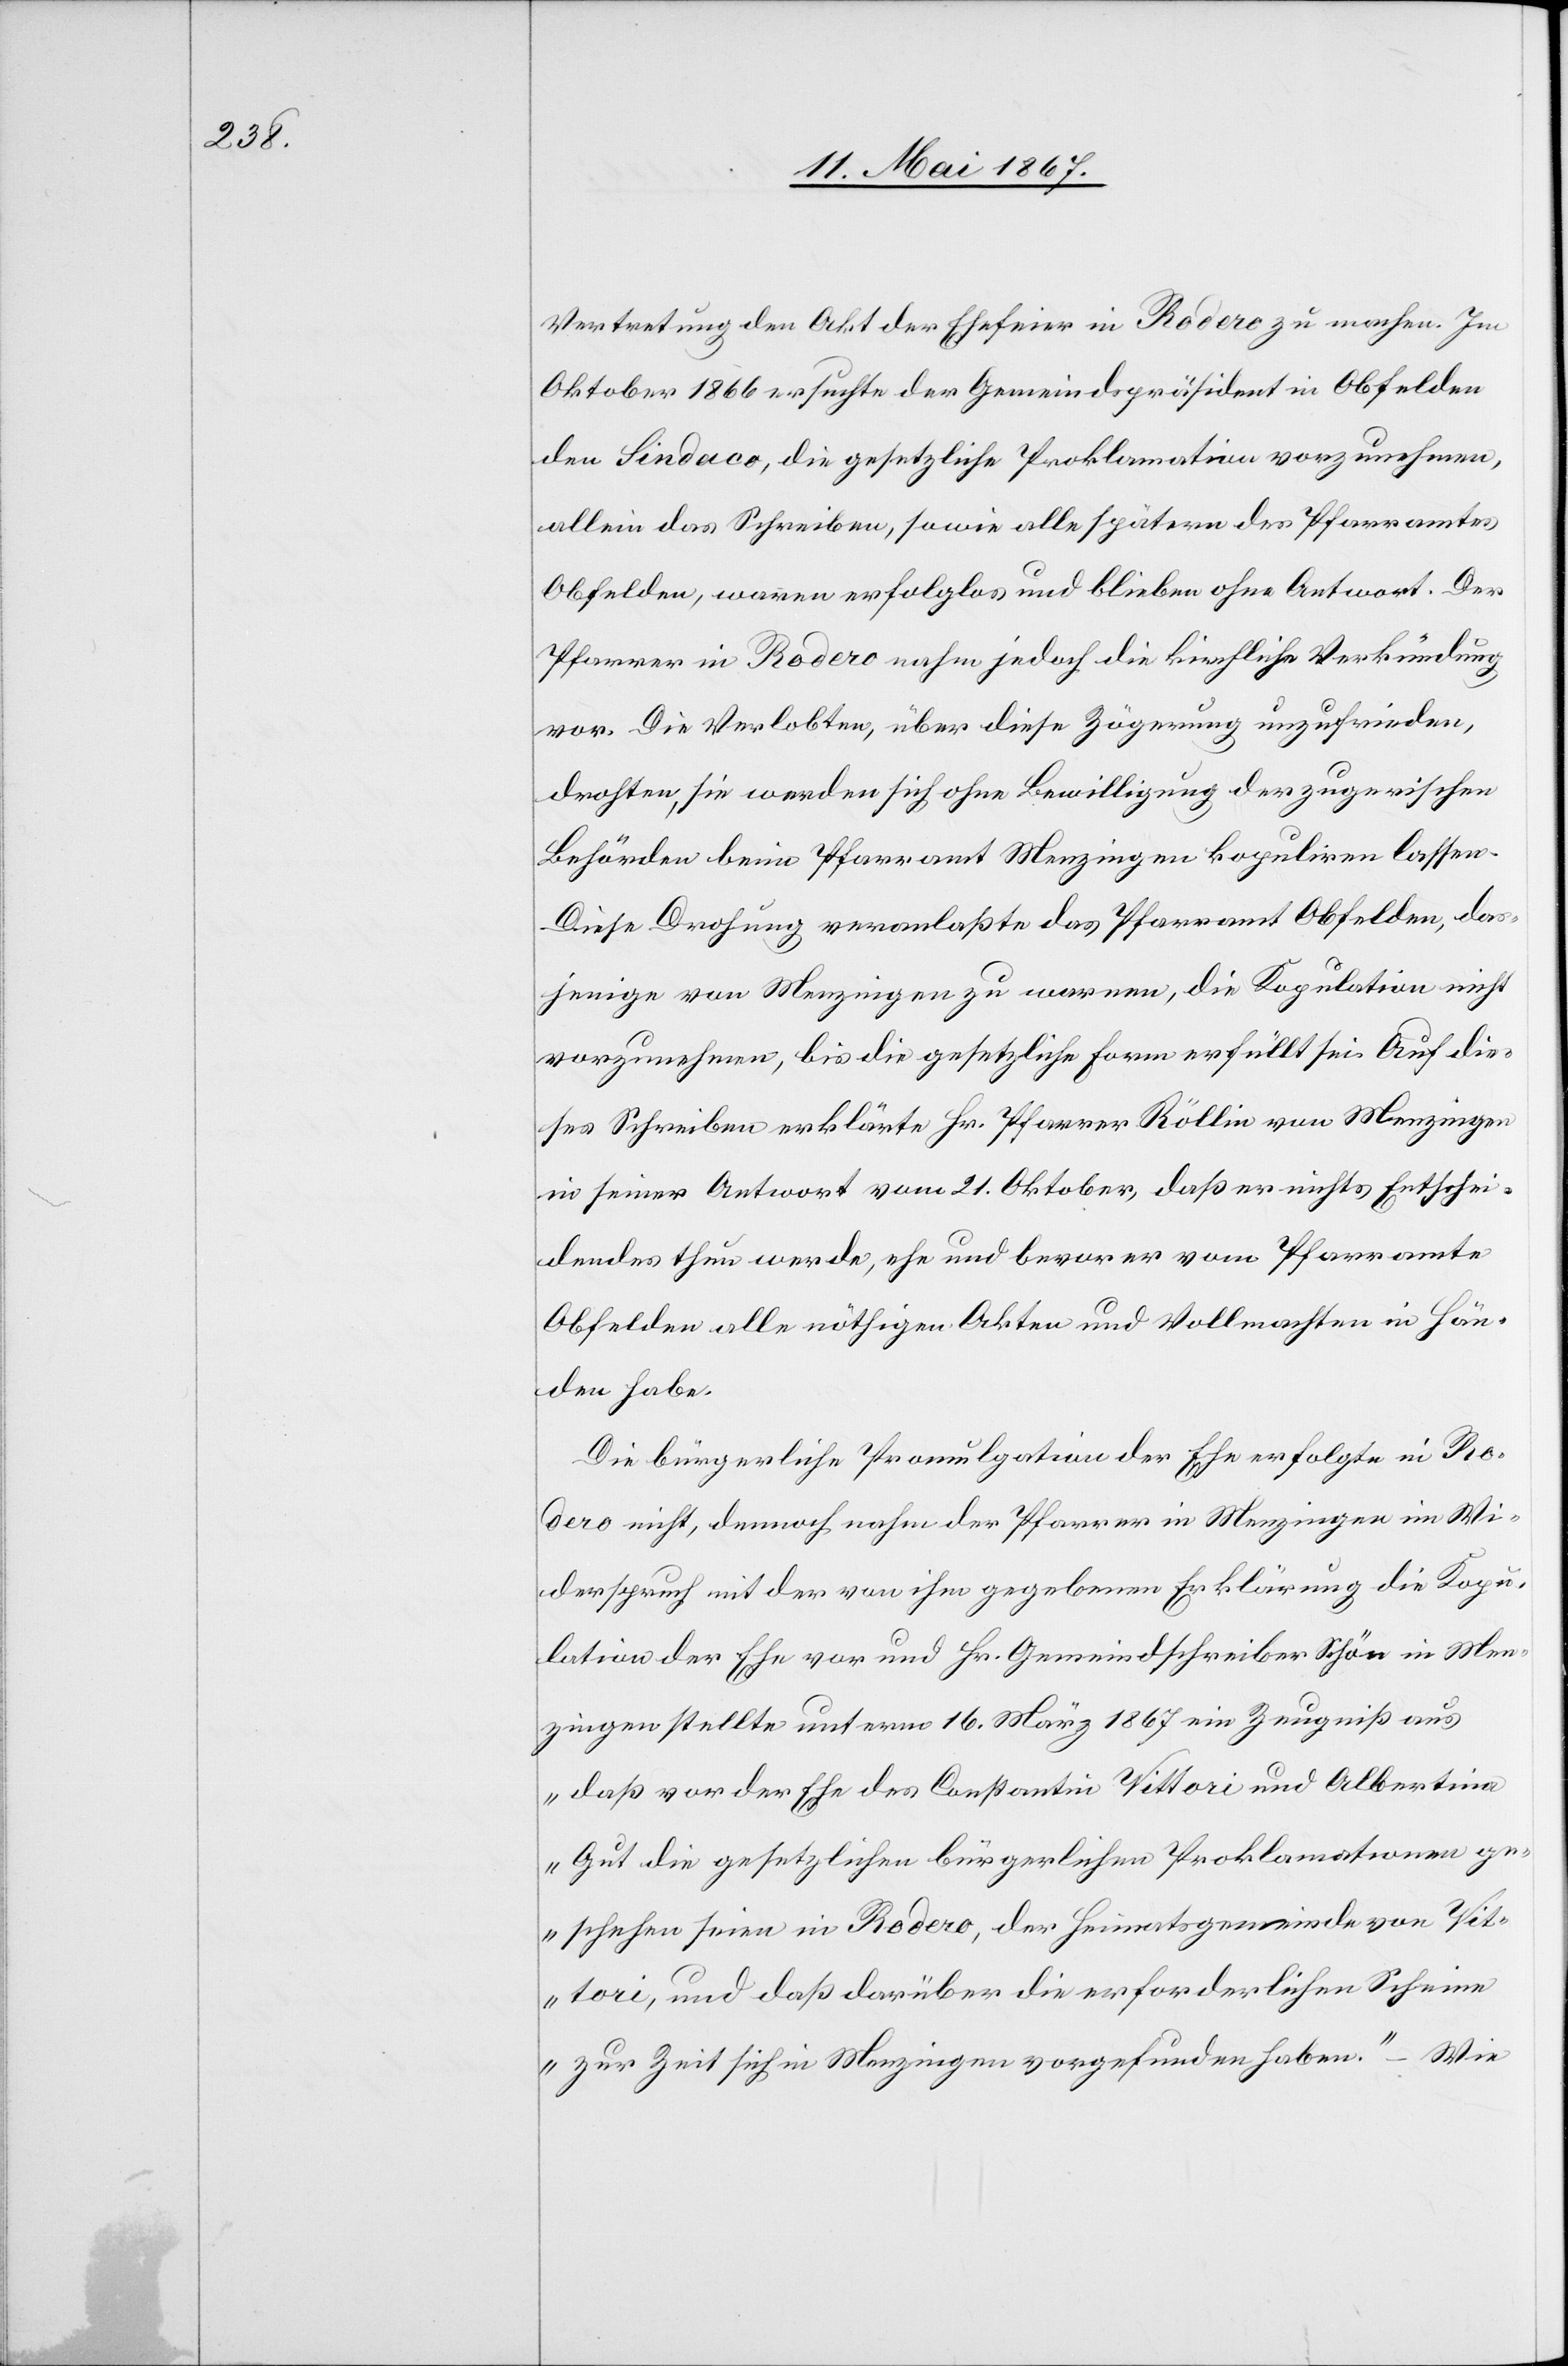
Vertretung den Akt der Ehefeier in Rodero zu machen. Im
Oktober 1866 ersuchte der Gemeindspräsident in Obfelden
den Sindeco, die gesetzliche Proklamation vorzunehmen,
allein das Schreiben, sowie alle spätern des Pfarramtes
Obfelden, waren erfolglos und blieben ohne Antwort. Der
Pfarrer in Rodero nahm jedoch die kirchliche Verkündung
vor. Die Verlobten, über diese Zögerung unzufrieden,
drohten, sie werden sich ohne Bewilligung der zugerischen
Behörden beim Pfarramt Menzingen kopuliren lassen.
Diese Drohung veranlaßte das Pfarramt Obfelden, das¬
jenige von Menzingen zu warnen, die Kopulation nicht
vorzunehmen, bis die gesetzliche Form erfüllt sei. Auf die¬
ses Schreiben erklärte Hr. Pfarrer Röllin von Menzingen
in seiner Antwort vom 21. Oktober, daß er nichts Entschei¬
dendes thun wird, ehe und bevor er vom Pfarramte
Obfelden alle nöthigen Akten und Vollmachten in Hän¬
den habe.
Die bürgerliche Promulgation der Ehe erfolgte in Ro¬
dero nicht, demnach nahm der Pfarrer in Menzingen im Wi¬
derspruch mit der von ihm gegebenen Erklärung die Kopu¬
lation der Ehe vor und Hr. Gemeindschreiber Schön in Men¬
zingen stellte unterm 16. März 1867 ein Zeugniß aus
„daß vor der Ehe des Constantin Vittori und Albertina
Gut die gesetzlichen bürgerlichen Proklamationen ge¬
schehen seien in Rodero, der Heimatsgemeinde von Vit¬
tori, und daß darüber die erforderlichen Scheine
zur Zeit sich in Menzingen vorgefunden haben.“ – Wie